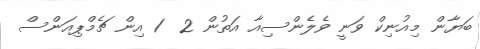
ބަޔާން މިއުނިކް ވަނީ ވެލެންސިއާ އަތުން 2  1 އިން ޗެމްޕިއަންސް